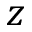
z